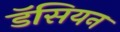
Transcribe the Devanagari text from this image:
डॅसियन